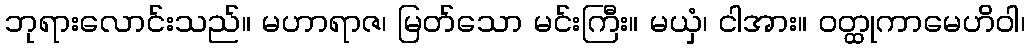
ဘုရားလောင်းသည်။ မဟာရာဇ၊ မြတ်သော မင်းကြီး။ မယှံ၊ ငါအား။ ဝတ္ထုကာမေဟိဝါ၊